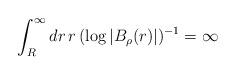
LaTeX: \begin{align*}\int_R^\infty dr\,r\,(\log |B_\rho(r)|)^{-1}=\infty\end{align*}